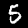
Digit: 5